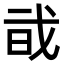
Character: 𢦱